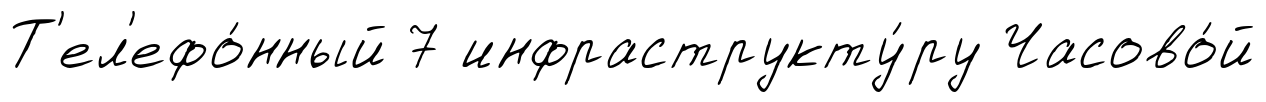
Т'ел'ефо́нный 7 инфраструкту́ру Часово́й